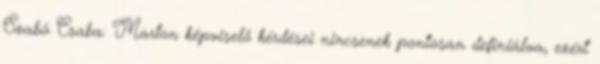
Szabó Csaba: Marton képviselő kérdései nincsenek pontosan definiálva, ezért